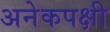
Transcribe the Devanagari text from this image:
अनेकपक्षी